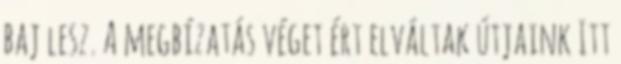
baj lesz. A megbízatás véget ért elváltak útjaink Itt